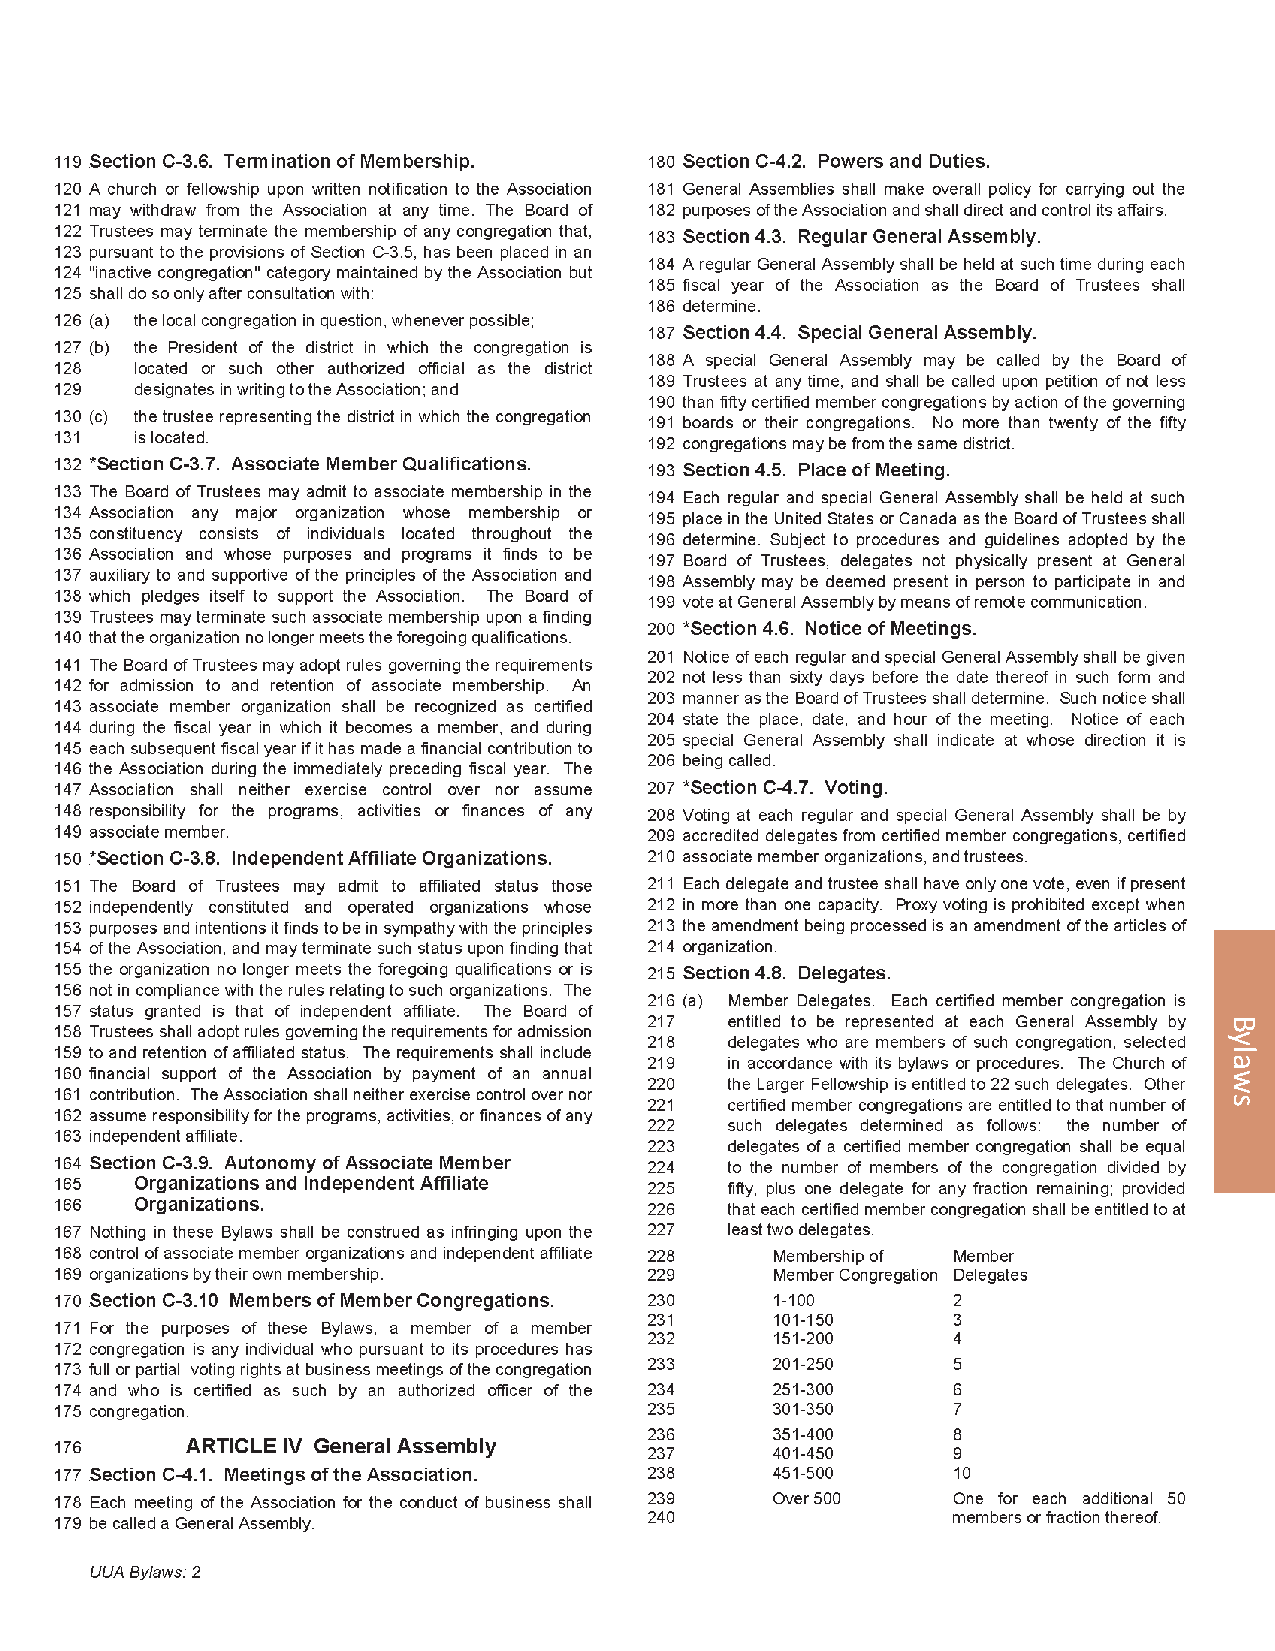
2012 General Assembly                                                   115
 Bylaws